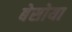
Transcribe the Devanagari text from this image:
बेसोया